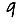
Digit: 9